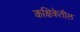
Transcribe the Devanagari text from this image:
कक्षिकेतील